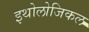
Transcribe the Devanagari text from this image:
इथोलोजिकल